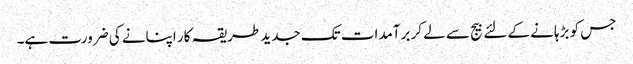
جس کو بڑہانے کے لئے بیج سے لے کر برآمدات تک جدید طریقہ کار اپنانے کی ضرورت ہے۔